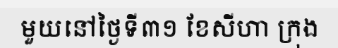
មួយនៅថ្ងៃទី៣១ ខែសីហា ក្រុង